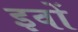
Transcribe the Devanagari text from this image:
इवों